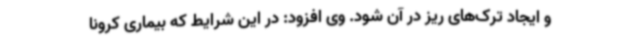
و ایجاد ترک‌های ریز در آن شود. وی افزود: در این شرایط که بیماری کرونا